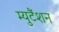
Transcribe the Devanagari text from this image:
म्युटैंशन